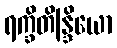
ရက္ခိတိန္ဒြိယော